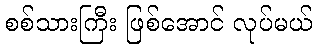
စစ်သားကြီး ဖြစ်အောင် လုပ်မယ်